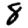
Digit: 8